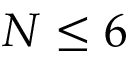
N \le 6